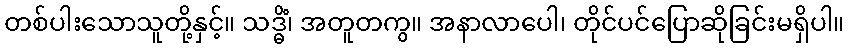
တစ်ပါးသောသူတို့နှင့်။ သဒ္ဓိံ၊ အတူတကွ။ အနာလာပေါ၊ တိုင်ပင်ပြောဆိုခြင်းမရှိပါ။